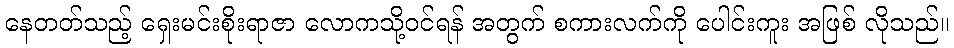
နေတတ်သည့် ရှေးမင်းစိုးရာဇာ လောကသို့ဝင်ရန် အတွက် စကားလက်ကို ပေါင်းကူး အဖြစ် လိုသည်။